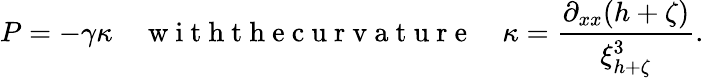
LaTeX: P=-\gamma\kappa\quad\mathrm{~w~i~t~h~t~h~e~c~u~r~v~a~t~u~r~e~}\quad\kappa=\frac{\partial_{xx}(h+\zeta)}{\xi_{h+\zeta}^{3}}.